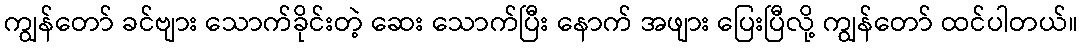
ကျွန်တော် ခင်ဗျား သောက်ခိုင်းတဲ့ ဆေး သောက်ပြီး နောက် အဖျား ပြေးပြီလို့ ကျွန်တော် ထင်ပါတယ်။